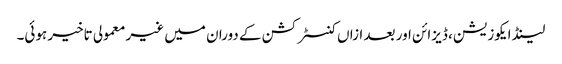
لینڈ ایکوزیشن، ڈیزائن اور بعد ازاں کنسٹرکشن کے دوران میں غیر معمولی تاخیر ہوئی۔